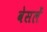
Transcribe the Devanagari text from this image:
वेसलें